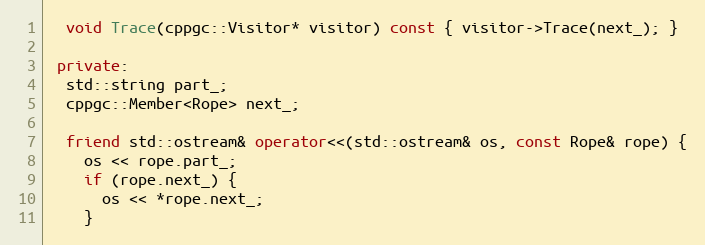
Language: C++
  void Trace(cppgc::Visitor* visitor) const { visitor->Trace(next_); }

 private:
  std::string part_;
  cppgc::Member<Rope> next_;

  friend std::ostream& operator<<(std::ostream& os, const Rope& rope) {
    os << rope.part_;
    if (rope.next_) {
      os << *rope.next_;
    }